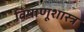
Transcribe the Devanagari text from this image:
विषाणूशास्त्र